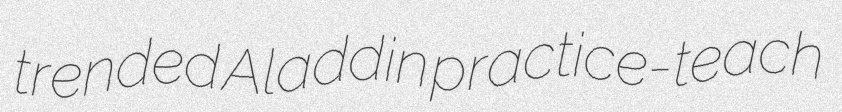
trended Aladdin practice-teach